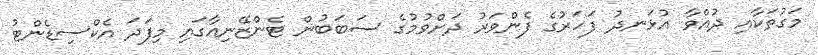
މަގުތަކާއި ދުއްވާ އުޅަނދު ފަހަރުގެ ފެންވަރު ދަށްވުމުގެ ސަބަބުން ޓެންޒޭނިއާގައި މިފަދަ އެކްސިޑެންޓު